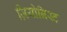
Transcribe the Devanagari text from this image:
ज़ियोनिस्ट